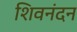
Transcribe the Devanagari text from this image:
शिवनंदन